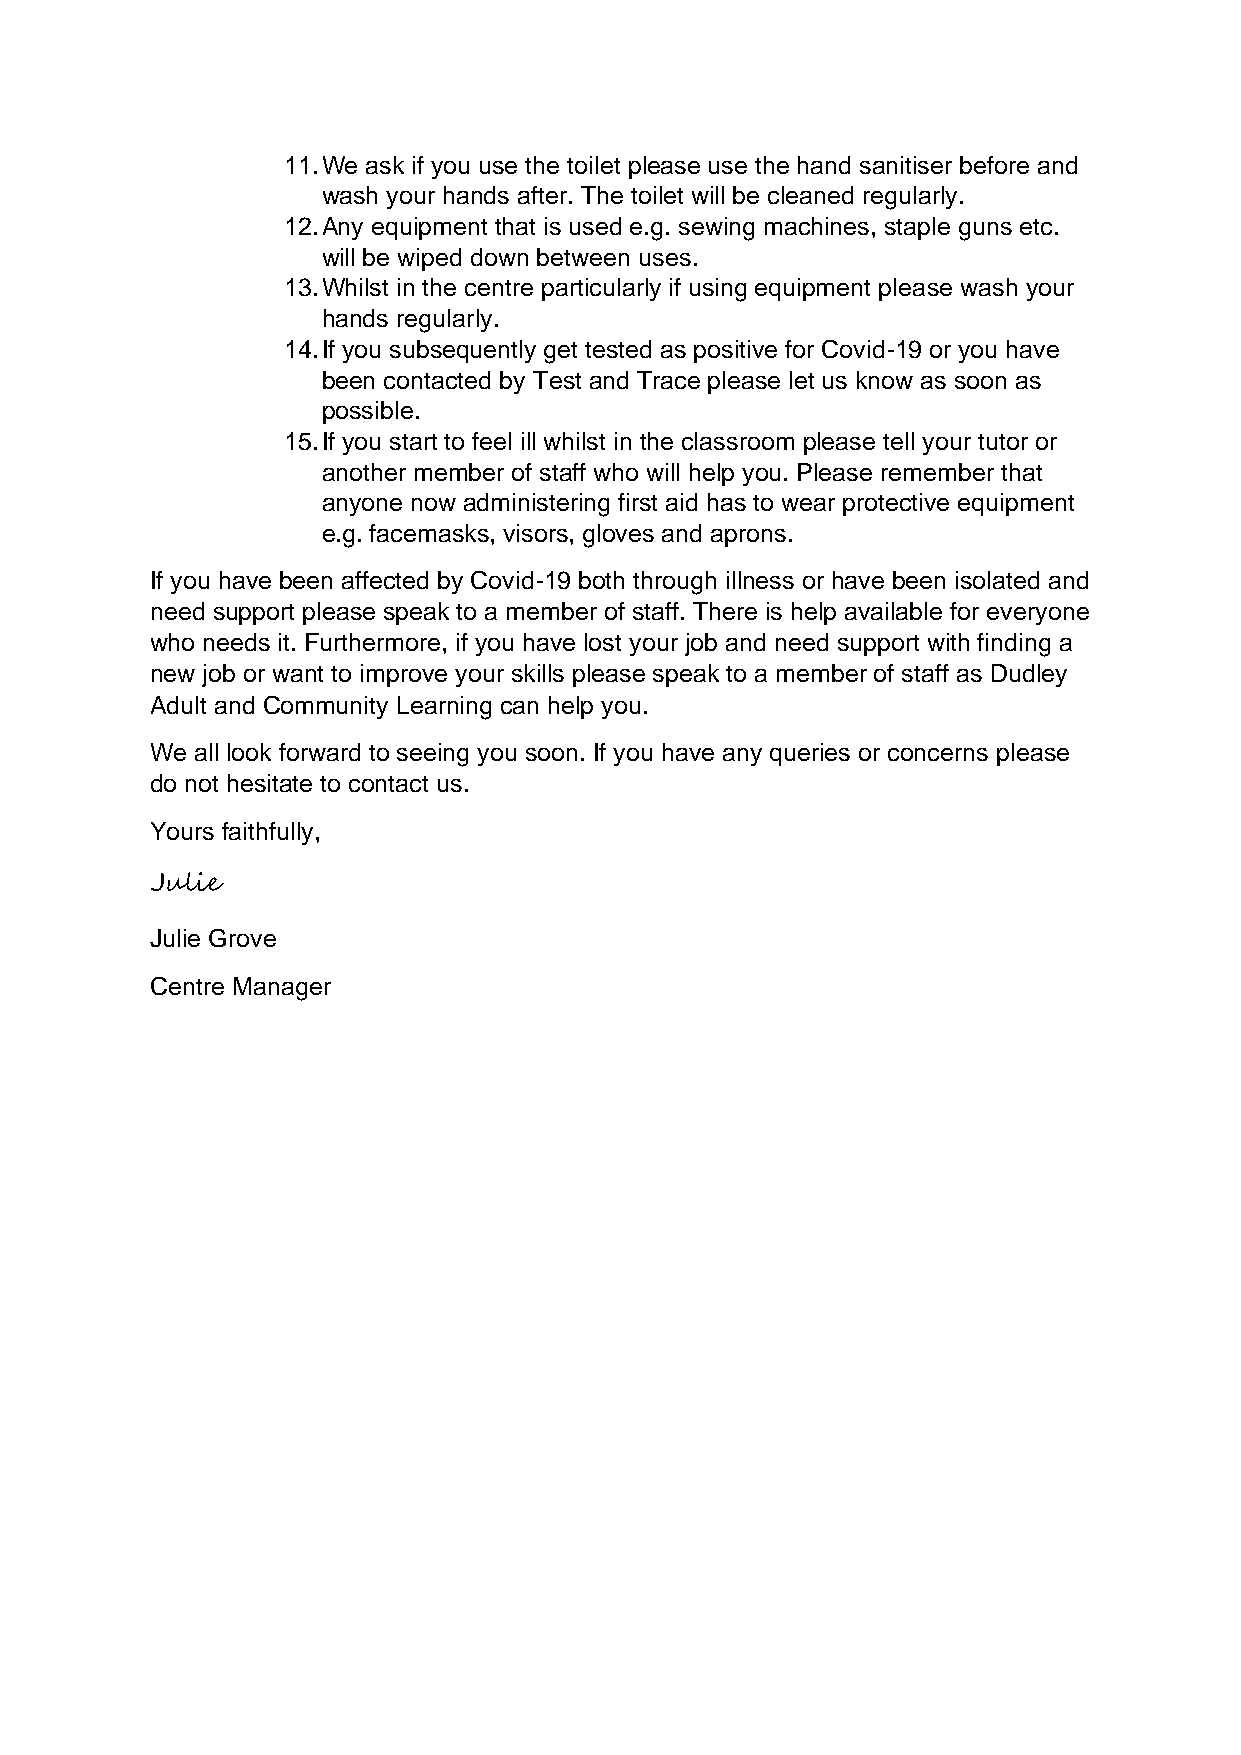
11. We ask if you use the toilet please use the hand sanitiser before and
 wash your hands after. The toilet will be cleaned regularly.
 12. Any equipment that is used e.g. sewing machines, staple guns etc.
 will be wiped down between uses.
 13. Whilst in the centre particularly if using equipment please wash your
 hands regularly.
 14. If you subsequently get tested as positive for Covid-19 or you have
 been contacted by Test and Trace please let us know as soon as
 possible.
 15. If you start to feel ill whilst in the classroom please tell your tutor or
 another member of staff who will help you. Please remember that
 anyone now administering first aid has to wear protective equipment
 e.g. facemasks, visors, gloves and aprons.
 If you have been affected by Covid-19 both through illness or have been isolated and
 need support please speak to a member of staff. There is help available for everyone
 who needs it. Furthermore, if you have lost your job and need support with finding a
 new job or want to improve your skills please speak to a member of staff as Dudley
 Adult and Community Learning can help you.
 We all look forward to seeing you soon. If you have any queries or concerns please
 do not hesitate to contact us.
 Yours faithfully,
 Julie
 Julie Grove
 Centre Manager